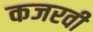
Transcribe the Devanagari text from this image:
कजरवी